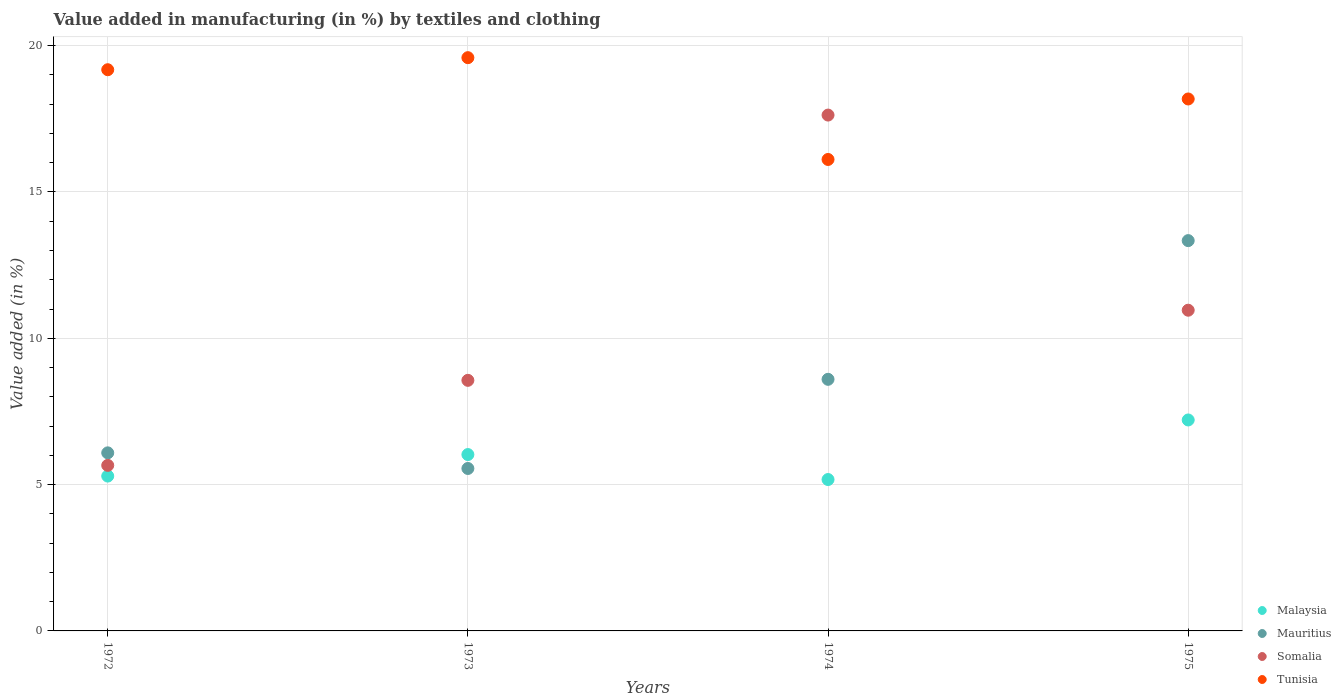
| Years | Malaysia | Mauritius | Somalia | Tunisia |
 | --- | --- | --- | --- | --- |
 | 1972 | 5.29 | 6.09 | 5.66 | 19.2 |
 | 1973 | 6.03 | 5.55 | 8.56 | 19.6 |
 | 1974 | 5.17 | 8.6 | 17.6 | 16.1 |
 | 1975 | 7.21 | 13.3 | 11 | 18.2 |